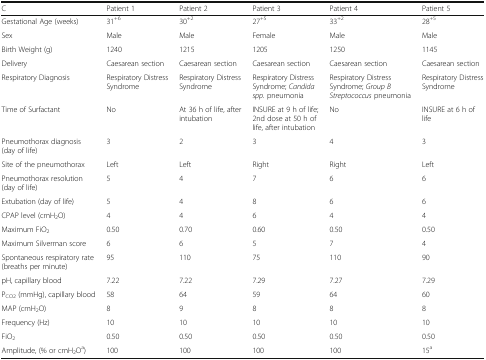
| C | Patient 1 | Patient 2 | Patient 3 | Patient 4 | Patient 5 |
 | --- | --- | --- | --- | --- | --- |
 | Gestational Age (weeks) | 31+6 | 30+2 | 27+5 | 33+2 | 28+5 |
 | Sex | Male | Male | Female | Male | Male |
 | Birth Weight (g) | 1240 | 1215 | 1205 | 1250 | 1145 |
 | Delivery | Caesarean section | Caesarean section | Caesarean section | Caesarean section | Caesarean section |
 | Respiratory Diagnosis | Respiratory Distress Syndrome | Respiratory Distress Syndrome | Respiratory Distress Syndrome; Candida spp. pneumonia | Respiratory Distress Syndrome; Group B Streptococcus pneumonia | Respiratory Distress Syndrome |
 | Time of Surfactant | No | At 36 h of life, after intubation | INSURE at 9 h of life; 2nd dose at 50 h of life, after intubation | No | INSURE at 6 h of life |
 | Pneumothorax diagnosis (day of life) | 3 | 2 | 3 | 4 | 3 |
 | Site of the pneumothorax | Left | Left | Right | Right | Left |
 | Pneumothorax resolution (day of life) | 5 | 4 | 7 | 6 | 6 |
 | Extubation (day of life) | 5 | 4 | 8 | 6 | 6 |
 | CPAP level (cmH2O) | 4 | 4 | 6 | 4 | 4 |
 | Maximum FiO2 | 0.50 | 0.70 | 0.60 | 0.50 | 0.50 |
 | Maximum Silverman score | 6 | 6 | 5 | 7 | 4 |
 | Spontaneous respiratory rate (breaths per minute) | 95 | 110 | 75 | 110 | 90 |
 | pH, capillary blood | 7.22 | 7.22 | 7.29 | 7.27 | 7.29 |
 | PCO2 (mmHg), capillary blood | 58 | 64 | 59 | 64 | 60 |
 | MAP (cmH2O) | 8 | 9 | 8 | 8 | 8 |
 | Frequency (Hz) | 10 | 10 | 10 | 10 | 10 |
 | FiO2 | 0.50 | 0.50 | 0.50 | 0.50 | 0.50 |
 | Amplitude, (% or cmH2Oa) | 100 | 100 | 100 | 100 | 15a |